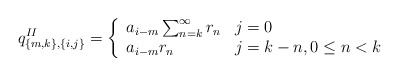
\begin{align*}q^{II}_{\{m,k \}, \{i,j\}} = \left\{ \begin{array}{ll}a_{i-m} \sum_{n=k}^{\infty}r_n &j=0 \\a_{i-m} r_n &j=k-n, 0 \leq n < k\end{array}\right.\end{align*}